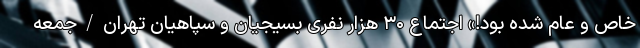
خاص و عام شده بود!» اجتماع ۳۰ هزار نفری بسیجیان و سپاهیان تهران‌/جمعه